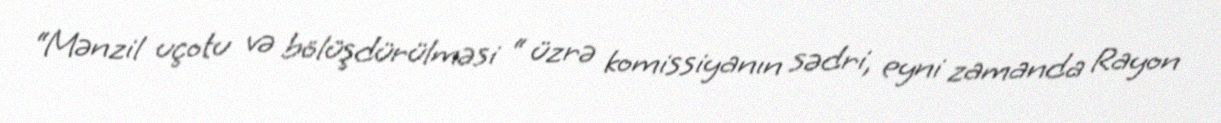
“Mənzil uçotu və bölüşdürülməsi “ üzrə komissiyanın sədri, eyni zamanda Rayon